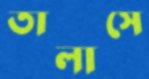
তালাসে